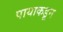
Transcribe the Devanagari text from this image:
पायाकडून